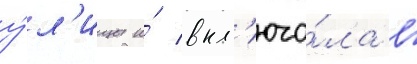
у́л'ицы и́ вкл'юча́ла в